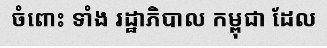
ចំពោះ ទាំង រដ្ឋាភិបាល កម្ពុជា ដែល